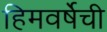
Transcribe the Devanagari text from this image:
हिमवर्षेची